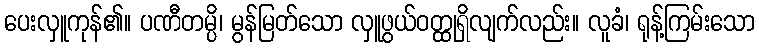
ပေးလှူကုန်၏။ ပဏီတမ္ပိ၊ မွန်မြတ်သော လှူဖွယ်ဝတ္ထုရှိလျက်လည်း။ လူခံ၊ ရုန့်ကြမ်းသော